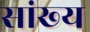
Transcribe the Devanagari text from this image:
सांख्‍य